Annual report of the Punjab Veterinary College and of the Civil Veterinary Department, Punjab - 1920-1925
Year: 1920
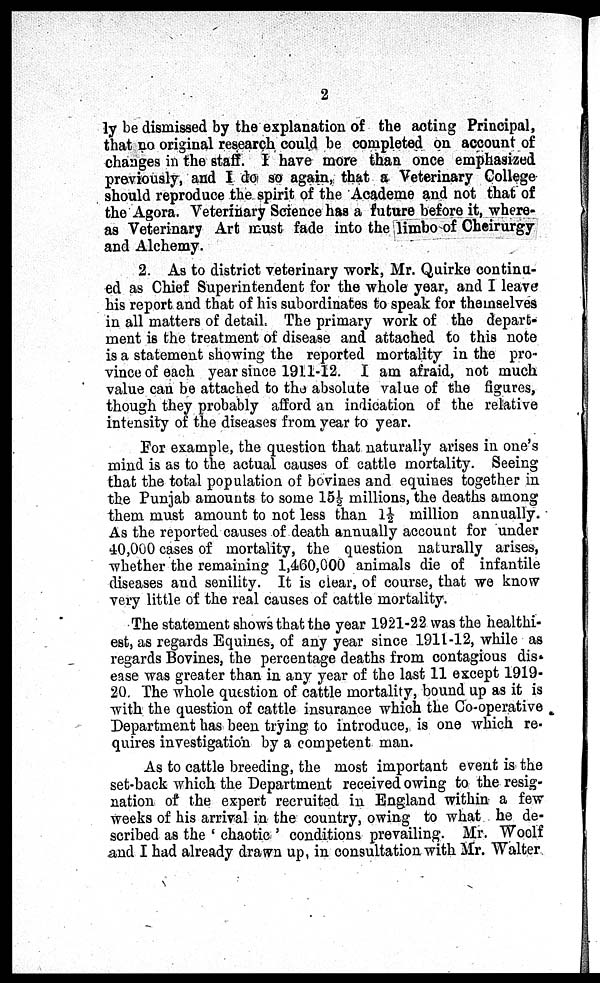
2
ly be dismissed by the explanation of the acting Principal,
that no original research could be completed on account of
changes in the staff. I have more than once emphasized
previously, and I do so again, that a Veterinary College
should reproduce the spirit of the Academe and not that of
the Agora. Veterinary Science has a future before it, where-
as Veterinary Art must fade into the limbo of Cheirurgy
and Alchemy.
2. As to district veterinary work, Mr. Quirke continu-
ed as Chief Superintendent for the whole year, and I leave
his report and that of his subordinates to speak for themselves
in all matters of detail. The primary work of the depart-
ment is the treatment of disease and attached to this note
is a statement showing the reported mortality in the pro-
vince of each year since 1911-12. I am afraid, not much
value can be attached to the absolute value of the figures,
though they probably afford an indication of the relative
intensity of the diseases from year to year.
For example, the question that naturally arises in one's
mind is as to the actual causes of cattle mortality. Seeing
that the total population of bovines and equines together in
the Punjab amounts to some 15½ millions, the deaths among
them must amount to not less than 1½ million annually.
As the reported causes of death annually account for under
40,000 cases of mortality, the question naturally arises,
whether the remaining 1,460,000 animals die of infantile
diseases and senility. It is clear, of course, that we know
very little of the real causes of cattle mortality.
The statement shows that the year 1921-22 was the healthi-
est, as regards Equines, of any year since 1911-12, while as
regards Bovines, the percentage deaths from contagious dis-
ease was greater than in any year of the last 11 except 1919-
20. The whole question of cattle mortality, bound up as it is
with the question of cattle insurance which the Co-operative
Department has been trying to introduce, is one which re-
quires investigation by a competent man.
As to cattle breeding, the most important event is the
set-back which the Department received owing to the resig-
nation of the expert recruited in England within a few
weeks of his arrival in the country, owing to what he de-
scribed as the 'chaotic' conditions prevailing. Mr. Woolf
and I had already drawn up, in consultation with Mr. Walter